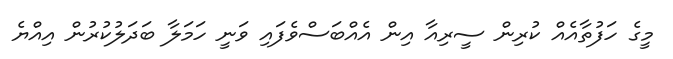
މީގެ ހަފުތާއެއް ކުރިން ސީރިއާ އިން އެއްބަސްވެފައި ވަނީ ހަމަލާ ބަދަލުކުރުން އިއްޔެ